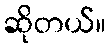
ဆိုတယ်။